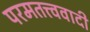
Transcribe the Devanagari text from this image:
परमतत्त्ववादी